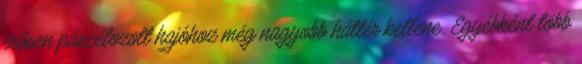
erősen páncélozott hajóhoz még nagyobb háttér kellene. Egyébként több